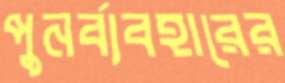
পুনর্ব্যবহারের